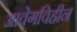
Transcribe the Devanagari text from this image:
आवेगविहीन